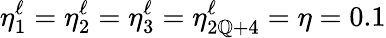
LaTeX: \eta_{1}^{\ell}=\eta_{2}^{\ell}=\eta_{3}^{\ell}=\eta_{2\mathbb{Q}+4}^{\ell}=\eta=0.1